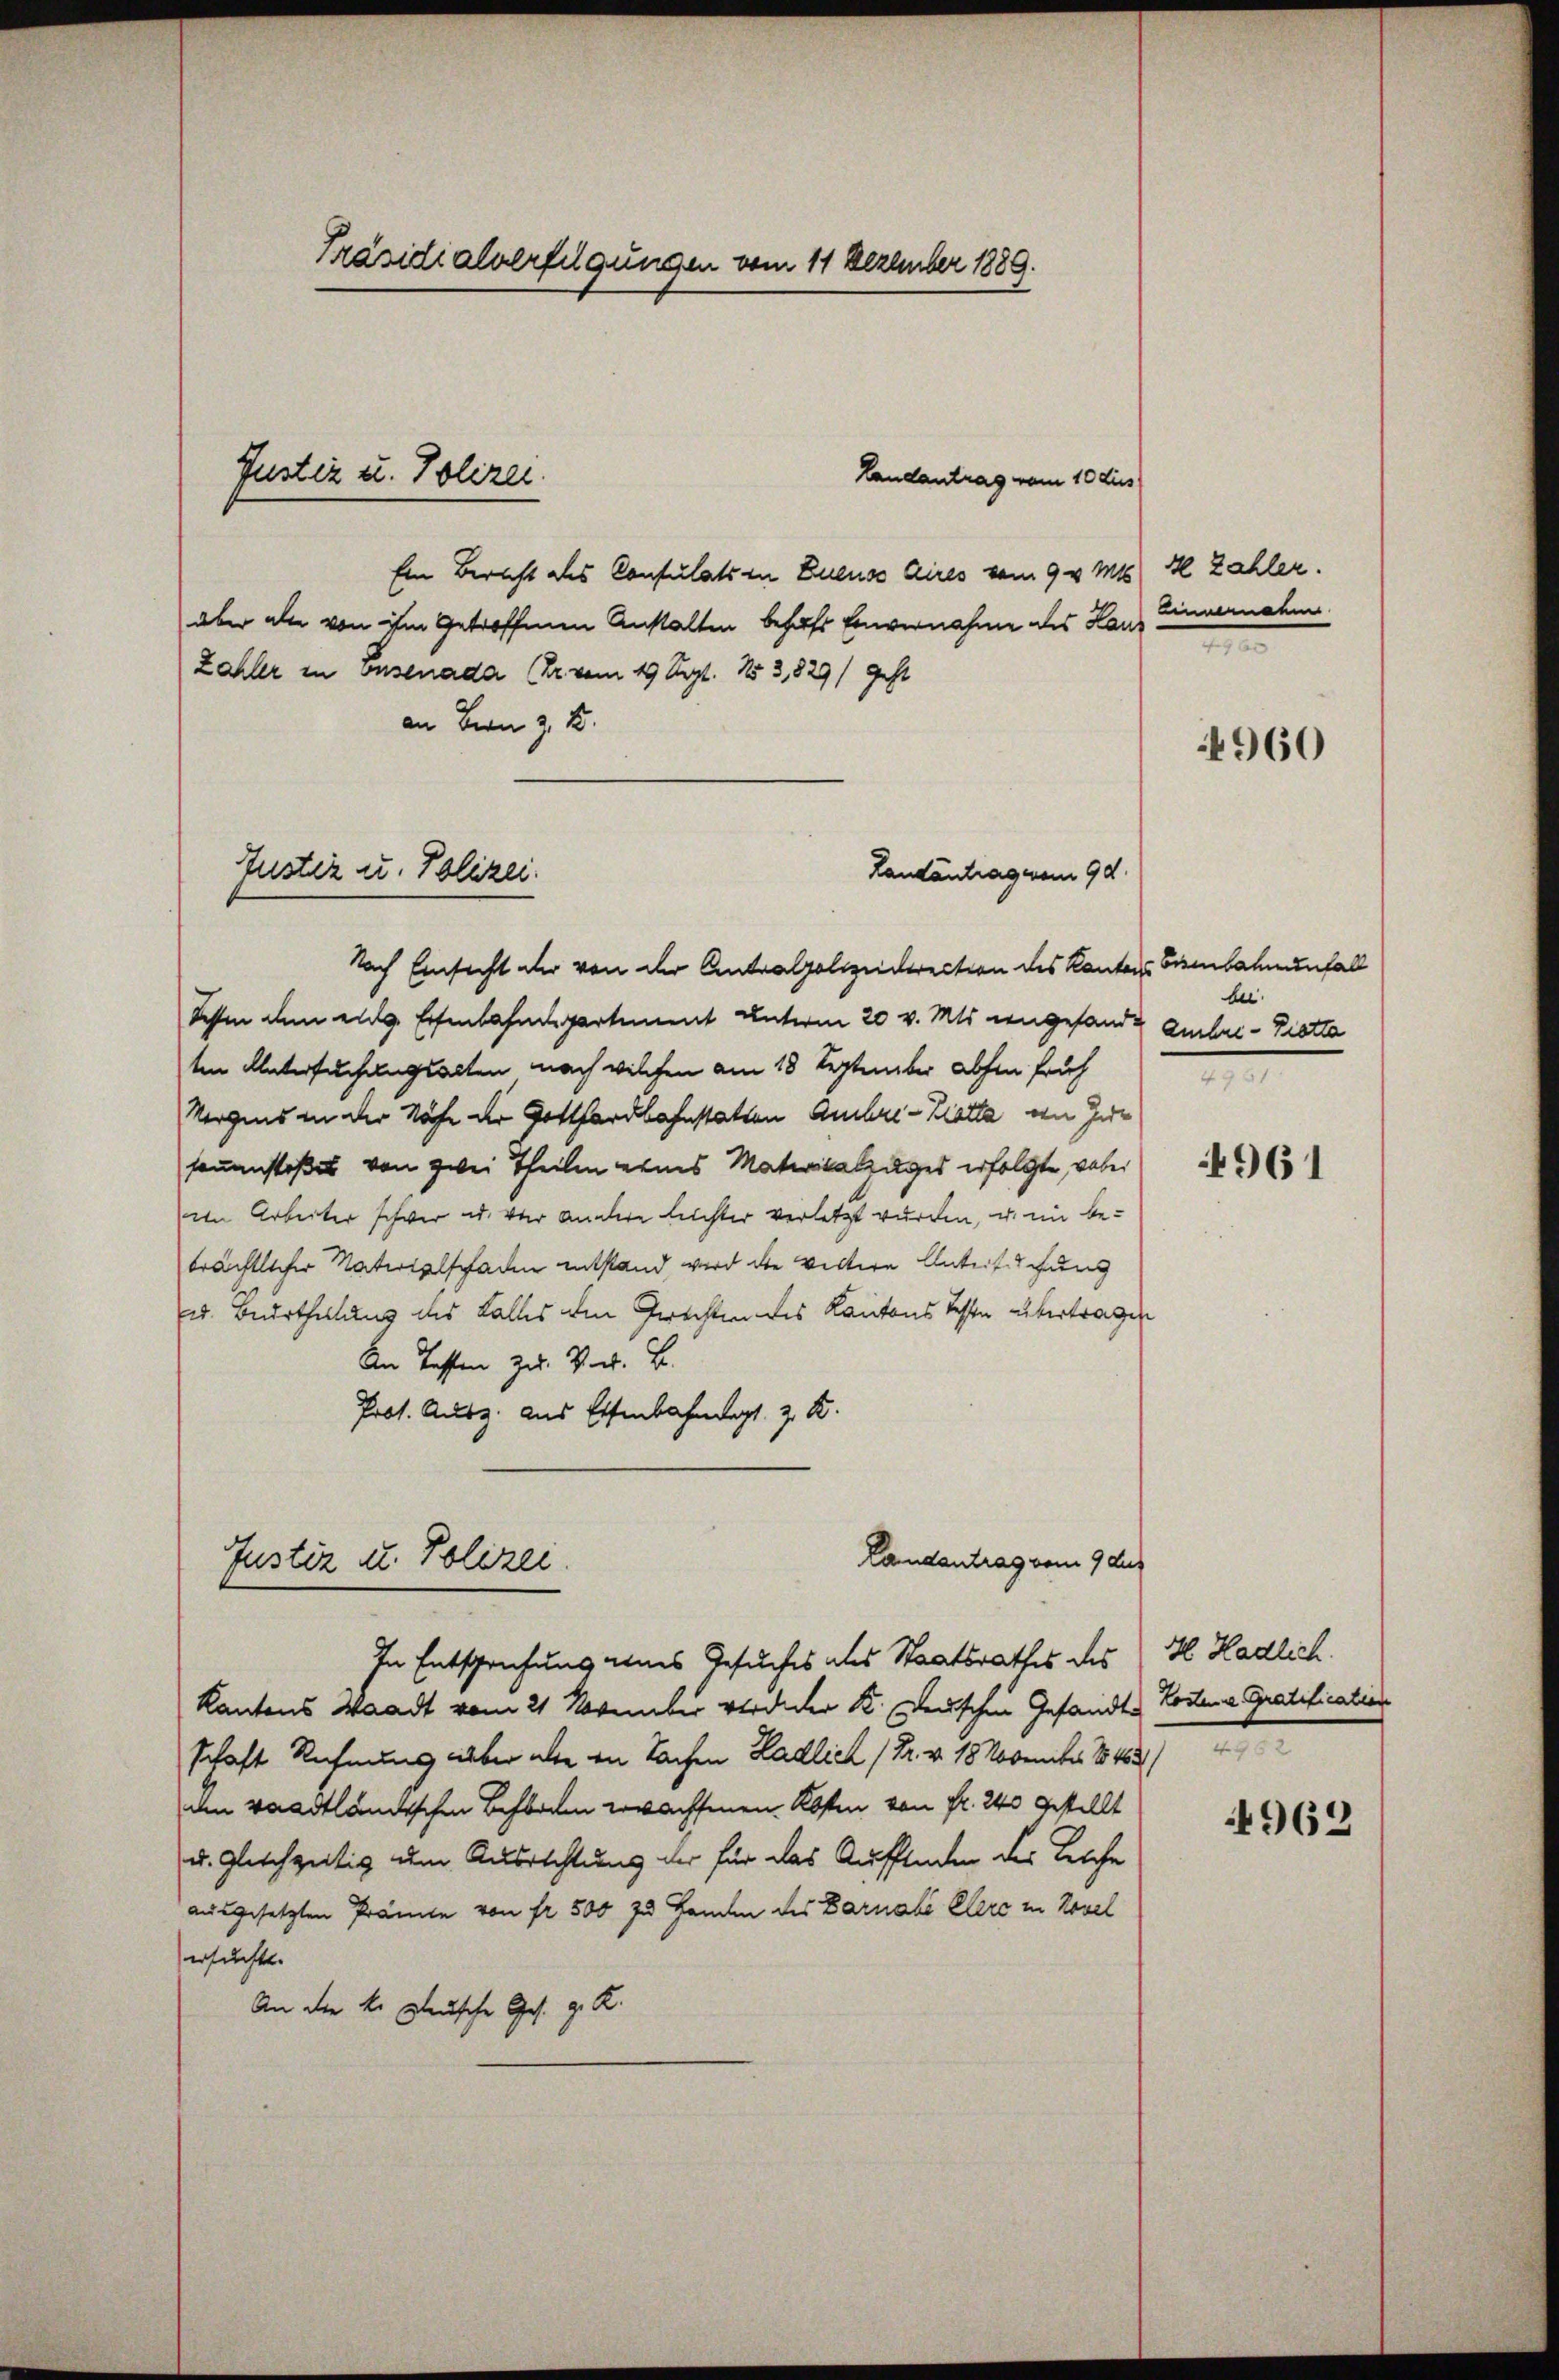
Präsidialverfügungen vom 11 Dezember 1889.

Landantrag vom 10 dies
Ein Bericht des Consulats in Euenso dires vom 9. v. Mts. Il Zahler.
aber alle von ihm getroffenen Anstalten behaft Eiernahme des Hau¬
Zahler in onsenade (Dr. vom 19 Sept. 13,829/ geht
an Bern z. B.
Nach Einsicht der von der Antralpolizeidirection des Kantons Bisenbahnunfall
Schen den eine Eisenbahnspartement unterm 20 v. Mts. angefandt Embal-Piotta
ten Untersuchungsacten nach welchen am 18 September abhin früh
Vorgens in der Nähe der Gotthardbahnstatten Ambri-Klatte in Zur
sonenstoßes von zwei Theilen eines Materikalpages erfolgte, wobei
in Arbeiter schwer u. vor andere Leichter verletzt wurden, u. in be-
brächtlicher Naterialschaden entstand, wird die Vertere Anteilichung
u. Beurtheilung des Falles am Gerechtendes Kantons Testen übertragen
An Tasten zu. Vort. B.
Prot. Ausz. aus Eisenbahndigt z. K.

Justiz u. Polizei.

Justiz u. Polizei.

Justiz u. Polizei.
In Entsprechung eines Gesuches des Staatsrathes des H Hadlich.

Landantrag vom 9 d.

Landantrag vom 9 dur

e

Kantons Waadt vom 21 November verdider K. Deuschen Gesandte Kosten Gratification
schaft Rechnung über alte in Sachen Hadlich /Pr. v. 18 November 1846
den waadtländischen Beforden wachsenen Kosten von Fr. 240 gestellt
u. gleichzeitig um Ausrichtung der für das Auffinden des Leiche
ausgesetzten Prämie von fr. 500 zu Handen des Darnale Elerc in Novel
ersuchte.
An die k. Mensche Ges. g. K.

4960

be.
.

961

d

962